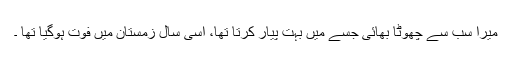
میرا سب سے چھوٹا بھائی جسے میں بہت پیار کرتا تھا، اسی سال زمستان میں فوت ہوگیا تھا ۔